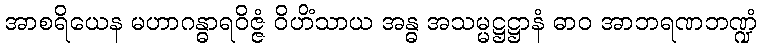
အာစရိယေန မဟာဂန္ဓာရဝိဇ္ဇံ ဝိဟိံသာယ အန္ဓ အသမ္မဋ္ဌဋ္ဌာနံ ဓာဝ အာဘရဏဘဏ္ဍံ